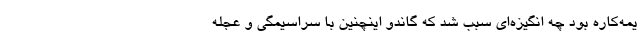
یمه‌کاره بود چه انگیزه‌ای سبب شد که گاندو اینچنین با سراسیمگی و عجله